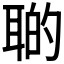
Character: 𦖡